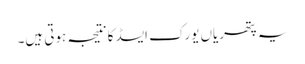
یہ پتھریاں یورک ایسڈ کا نتیجہ ہوتی ہیں۔